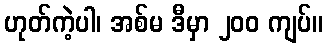
ဟုတ်ကဲ့ပါ၊ အစ်မ ဒီမှာ ၂၀၀ ကျပ်။